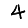
Digit: 4